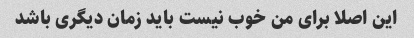
این اصلا برای من خوب نیست باید زمان دیگری باشد